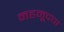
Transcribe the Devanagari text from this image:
महमूदचा